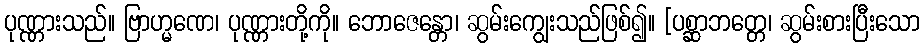
ပုဏ္ဏားသည်။ ဗြာဟ္မဏေ၊ ပုဏ္ဏားတို့ကို။ ဘောဇေန္တော၊ ဆွမ်းကျွေးသည်ဖြစ်၍။ [ပစ္ဆာဘတ္တေ၊ ဆွမ်းစားပြီးသော